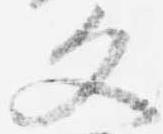
文